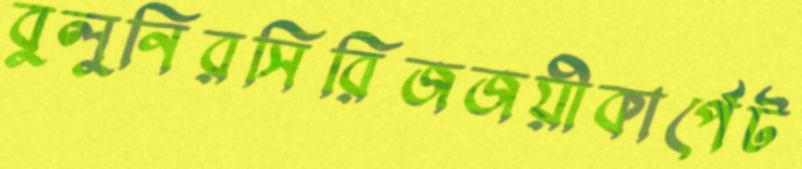
বুলুনিরসিরিজজয়ীকার্পেট